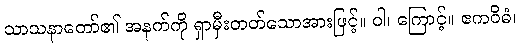
သာသနာတော်၏ အနက်ကို ရှာမှီးတတ်သောအားဖြင့်။ ဝါ၊ ကြောင့်။ ဧကဝိဓံ၊